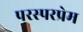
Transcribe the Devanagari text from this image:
परस्परप्रेम